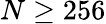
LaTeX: N\geq 256